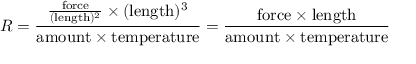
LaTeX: R = { \frac { { \frac { \mathrm { f o r c e } } { ( \mathrm { l e n g t h } ) ^ { 2 } } } \times ( \mathrm { l e n g t h } ) ^ { 3 } } { \mathrm { a m o u n t } \times \mathrm { t e m p e r a t u r e } } } = { \frac { \mathrm { f o r c e } \times \mathrm { l e n g t h } } { \mathrm { a m o u n t } \times \mathrm { t e m p e r a t u r e } } }